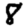
Digit: 8